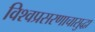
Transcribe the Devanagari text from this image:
विश्वप्रसरणाचासुद्धा